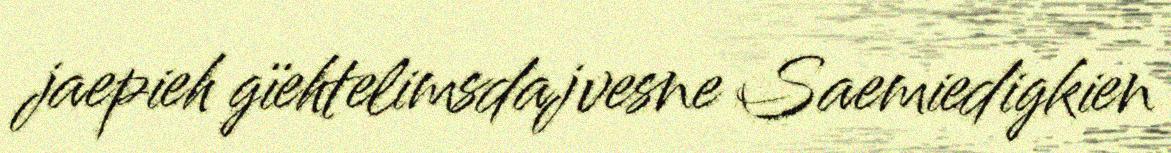
jaepieh gïehtelimsdajvesne Saemiedigkien